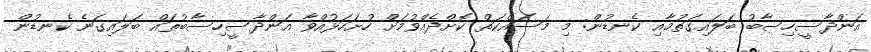
އަންދާސީހިސާބު ބަލައިގަތުމާއި ކެނޑުން: މި މަސައްކަތް ކޮށްދެއްވުމަށް ހުށަހަޅުއްވާ އަންދާސީހިސާބުތައް ބަލައިގަނެ ކެނޑުން